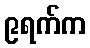
၉ရက်က